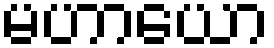
မဟာယော